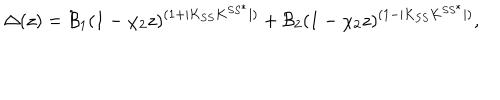
\Delta ( z ) = { \cal B } _ { 1 } ( 1 - \chi _ { 2 } z ) ^ { ( 1 + | K _ { S S } K ^ { S S ^ { * } } | ) } + { \cal B } _ { 2 } ( 1 - \chi _ { 2 } z ) ^ { ( 1 - | K _ { S S } K ^ { S S ^ { * } } | ) } ,